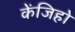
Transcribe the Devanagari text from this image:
केंजिहो